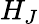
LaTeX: H_{J}